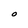
Character: O